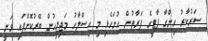
ސަރުކާރު ހިންގާ ޕާޓީގެ ފަރާތުން ހުށަހެޅި މި އިސްލާހު މަޖިލީހުން ބޭރުކޮށްފައި ވަނީ